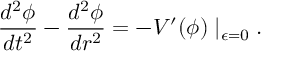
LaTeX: \frac { d ^ { 2 } \phi } { d t ^ { 2 } } - \frac { d ^ { 2 } \phi } { d r ^ { 2 } } = - V ^ { \prime } ( \phi ) \mid _ { \epsilon = 0 } .